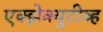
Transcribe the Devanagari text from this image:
एक्झेक्युटीव्ह